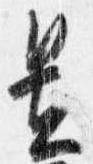
置